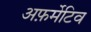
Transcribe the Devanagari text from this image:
अफ़र्मेटिव